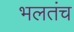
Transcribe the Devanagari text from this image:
भलतंच